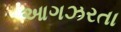
આગઝરતા